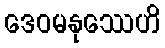
ဒေဝမနုဿေဟိ